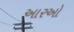
આરઓ